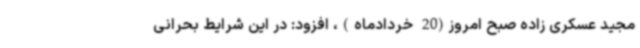
مجید عسکری زاده صبح امروز(20 خردادماه)، افزود: در این شرایط بحرانی